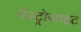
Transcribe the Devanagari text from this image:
ऐस्ट्रोसाइट